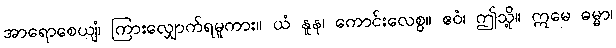
အာရောစေယျံ၊ ကြားလျှောက်ရမူကား။ ယံ နူန၊ ကောင်းလေစွ။ ဧဝံ၊ ဤသို့။ ဣမေ ဓမ္မာ၊